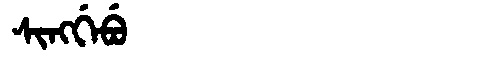
Manchu: ᠰᡳᠩᡤᡝᠪᡠ
Romanization: SINGGEBU